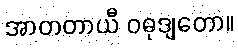
အာတတာယီ ဝဓုဒျတော။